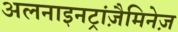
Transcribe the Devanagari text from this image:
अलनाइनट्रांज़ैमिनेज़